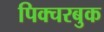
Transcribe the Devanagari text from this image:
पिक्चरबुक